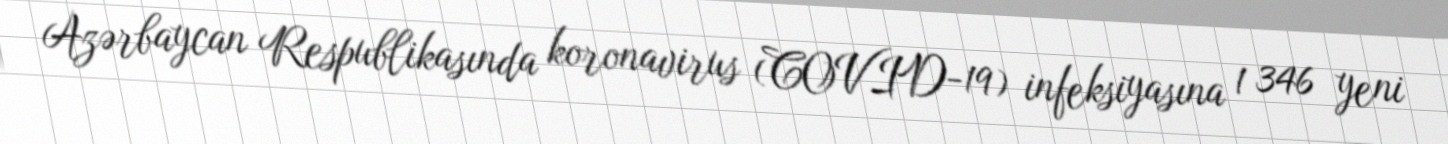
Azərbaycan Respublikasında koronavirus (COVID-19) infeksiyasına 1 346 yeni